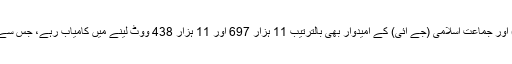
مگر جمعیتِ علمائے اسلام فضل (جے یو آئی ف) اور جماعتِ اسلامی (جے آئی) کے امیدوار بھی بالترتیب 11 ہزار 697 اور 11 ہزار 438 ووٹ لینے میں کامیاب رہے، جس سے یہاں موجود مذہبی ووٹ بینک کا اندازہ ہوتا ہے۔